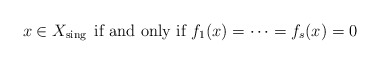
\begin{align*} \mbox{$x\in X_{{\rm sing\,}}$ if and only if $f_1(x)=\cdots=f_{s}(x)=0$}\end{align*}